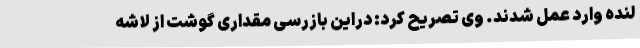
لنده وارد عمل شدند. وی تصریح کرد: دراین بازرسی مقداری گوشت از لاشه